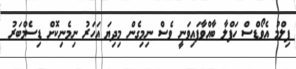
ފިލްމު އެވޯޑްސް ހަފްލާ ބާއްވާފައިވަނީ ވެސް ނިމިގެން މިދިޔަ އަހަރު ނިމެނިކޮށް ޑިސެމްބަރު